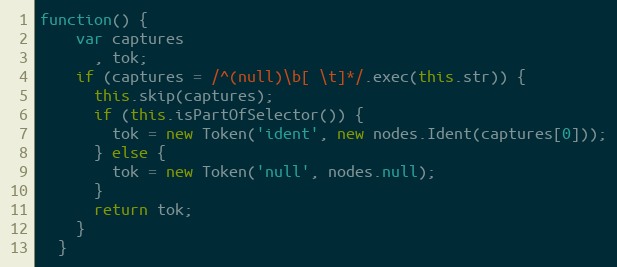
Language: JavaScript
function() {
    var captures
      , tok;
    if (captures = /^(null)\b[ \t]*/.exec(this.str)) {
      this.skip(captures);
      if (this.isPartOfSelector()) {
        tok = new Token('ident', new nodes.Ident(captures[0]));
      } else {
        tok = new Token('null', nodes.null);
      }
      return tok;
    }
  }